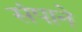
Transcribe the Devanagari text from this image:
संपाने